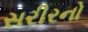
સરીરનો